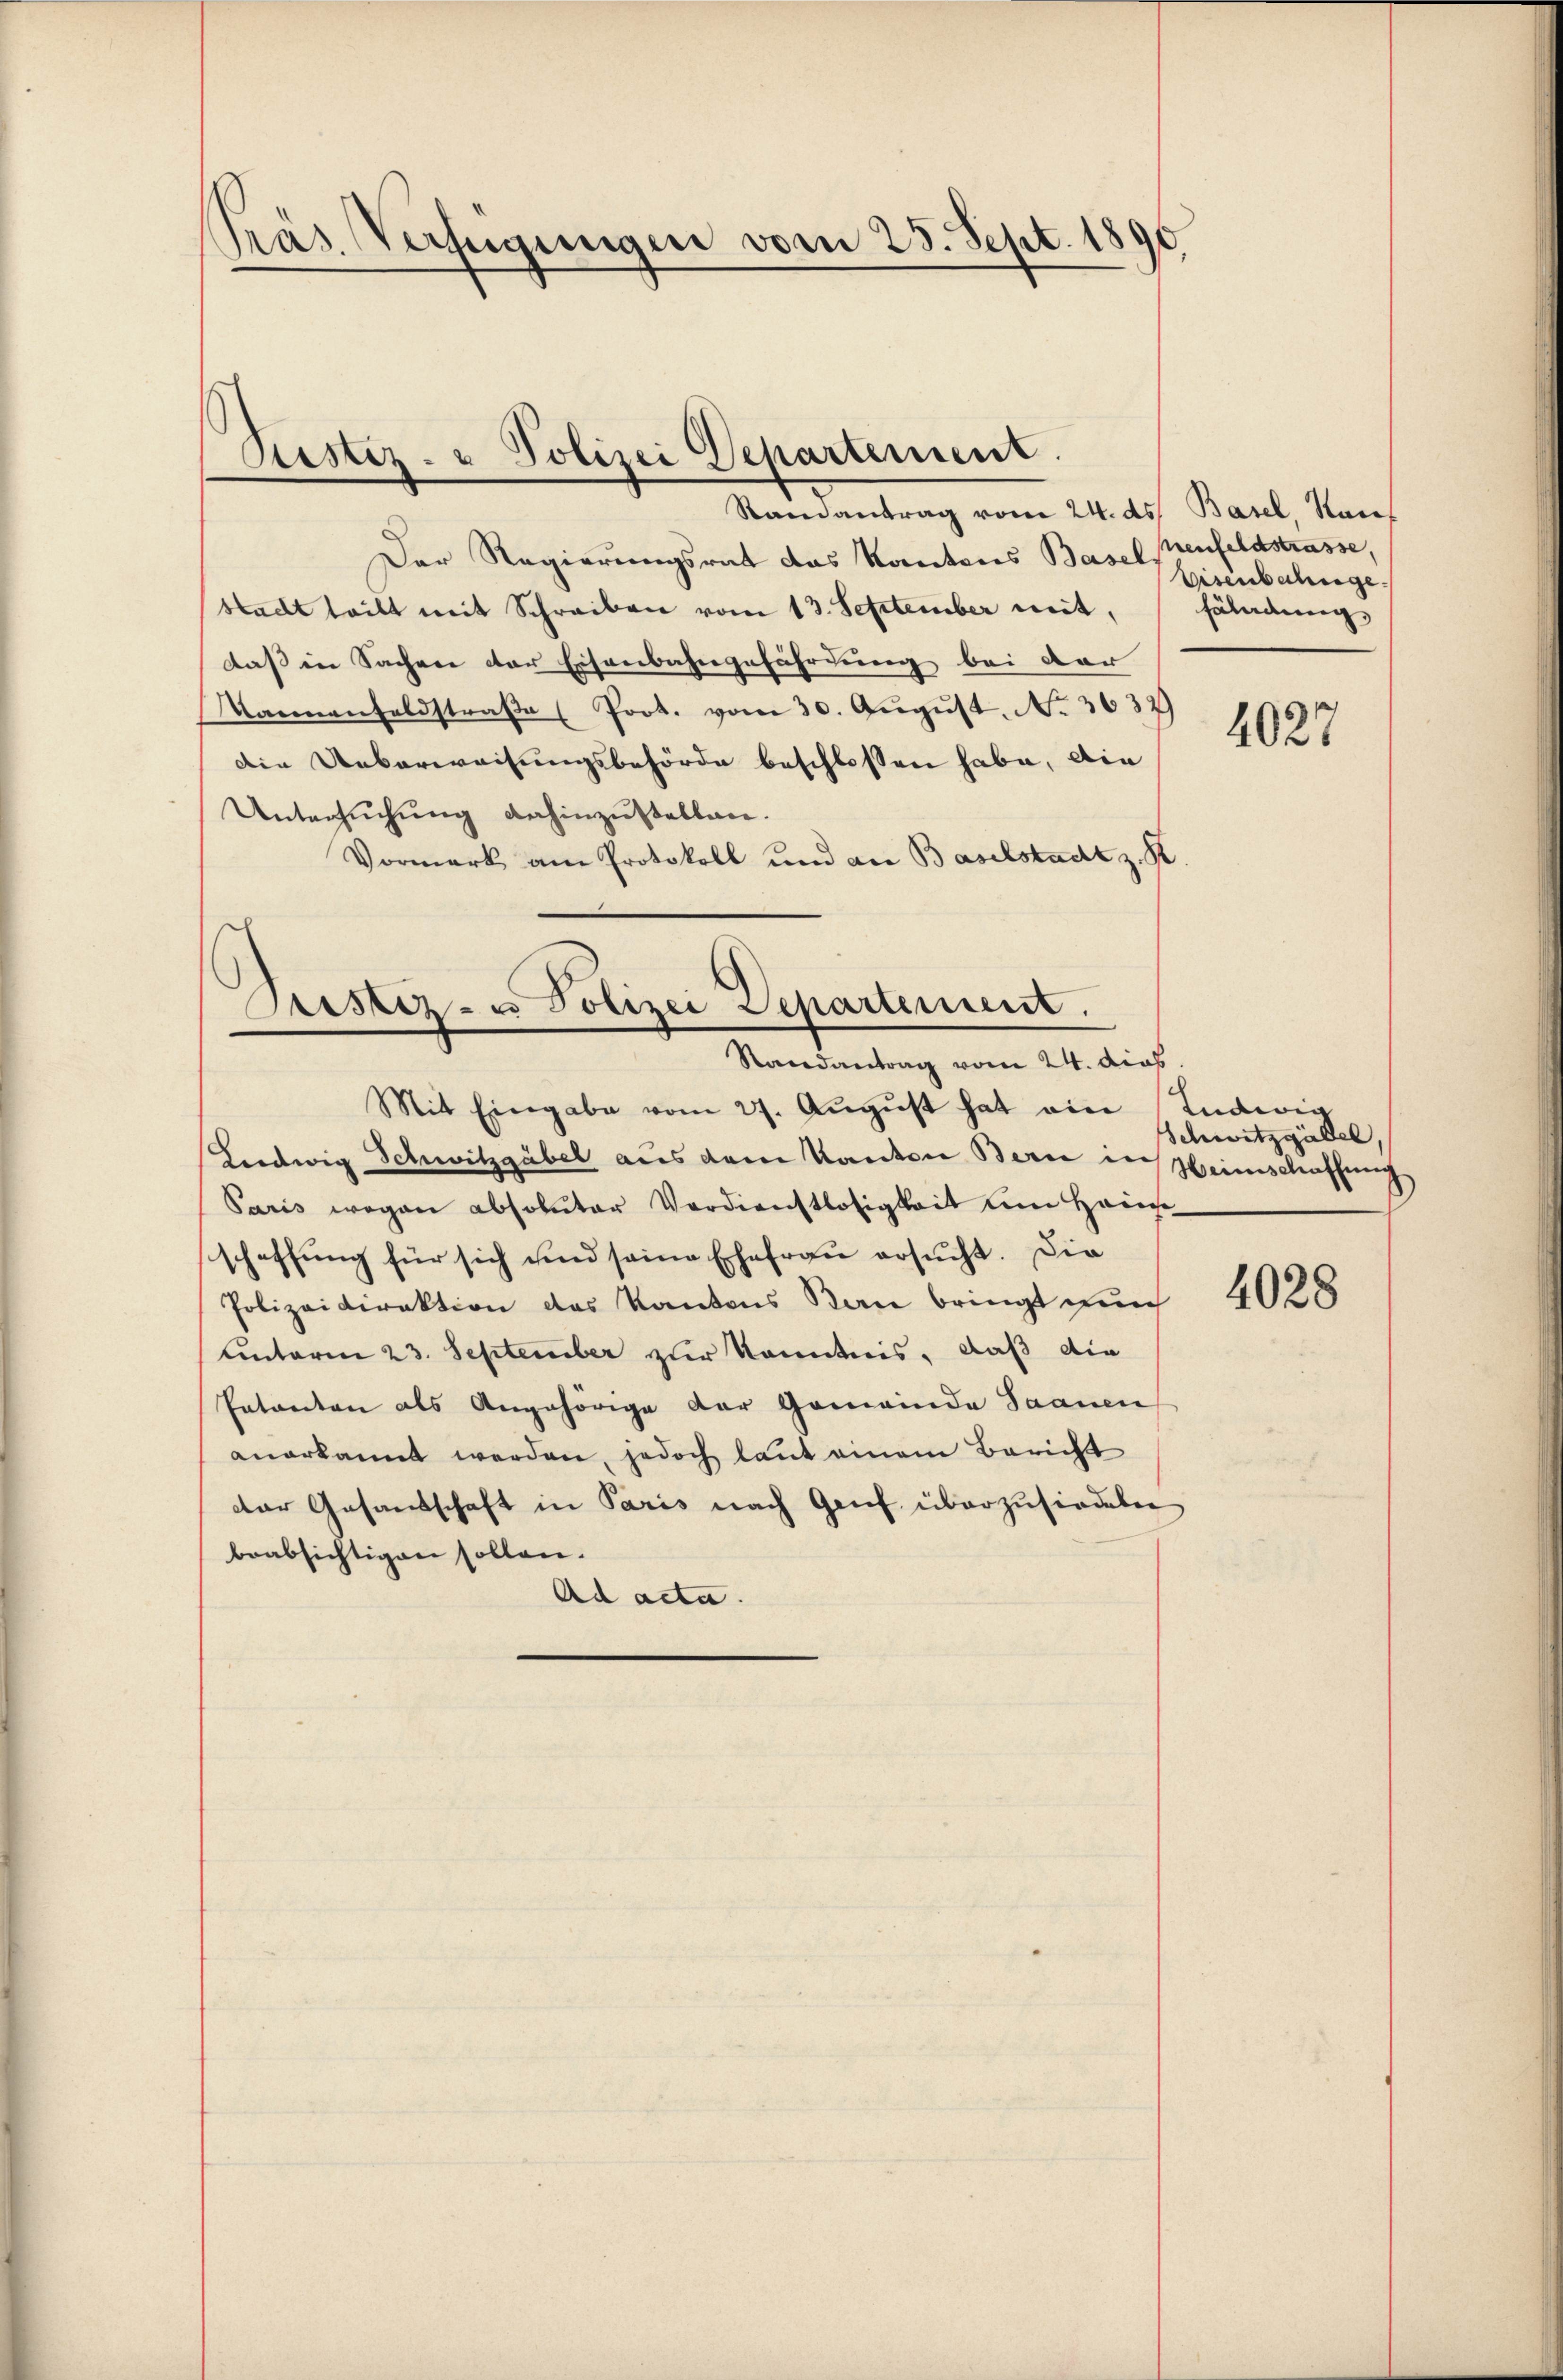
Präs. Verfügungen vom 23. Sept. 1890

Pestiz- u Polizei Departement.

Randantrag vom 24. ds. Basel Rais
Der Regierungsrat das Kantons Basel
stadt teilt mit Schreiben vom 13. September mit, Fäladung,
daß in Sachen der Eisenbahngefährdung bei der
Kannenfeldstraβe (Prot. vom 30. Aŭgŭst No. 3632)
die Ueberweisungsbehörde beschlossen habe, die
Untersŭchŭng dahinzustellen.
Vormerk am Protokoll und an Baselstadt z. R

Tristiz- u Polizei Departement.
Randantrag vom 24. dies
Mit Eingabe vom 27. Aŭgŭst hat ein Ludwig

Liedwig Schwitzgäbel aus dem Kanton Bern in Heimschaffung
Paris wegen absoluter Verdienstlosigkeit um Hause
schaffung für sich und seine Ehefrau ersucht. Die
Polizeidirektion des Kantons San bringt nun
Lnterm 23. September zur Kenntnis, daß die
Entantone als Angehörige der Gemeinde Saanen
anerkannt werden, jedoch laut einem Bericht
der Gesandschaft in Paris nach Genf überzufindeten
beabsichtigen sollen.
Ad acta.

enfeldstrasse,
Eisenbahnge

4027

Schwitzgädel,

4028